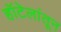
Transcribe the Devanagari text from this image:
हॉटेलांतून